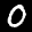
Label: 0